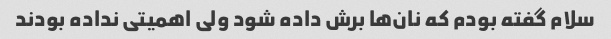
سلام گفته بودم که نان‌ها برش داده شود ولی اهمیتی نداده بودند